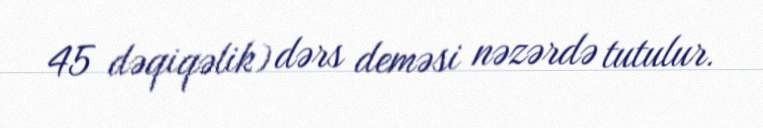
45 dəqiqəlik) dərs deməsi nəzərdə tutulur.